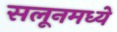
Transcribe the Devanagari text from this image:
सलूनमध्ये